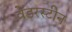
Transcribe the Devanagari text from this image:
वेंडरस्टीन